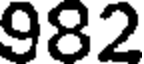
982